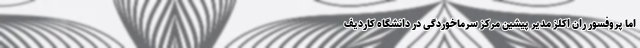
اما پروفسور ران اکلز مدیر پیشین مرکز سرماخوردگی در دانشگاه کاردیف